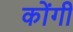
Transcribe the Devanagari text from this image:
कोंगी